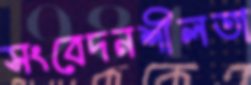
সংবেদনশীলতা